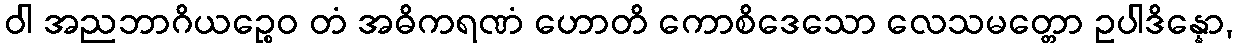
ဝါ အညဘာဂိယဉ္စေဝ တံ အဓိကရဏံ ဟောတိ ကောစိဒေသော လေသမတ္တော ဥပါဒိန္နော,